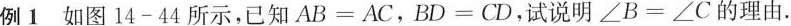
例1如图14-44所示，已知$$A B = A C$$，$$B D = C D$$，试说明$$∠ B = ∠ C$$的理由.